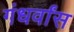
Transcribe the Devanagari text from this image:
गंधर्वांस